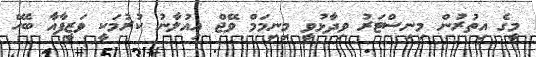
މީގެ އިތުރުން މިނިސްޓަރު ވިދާޅުވީ މިނިމަމް ވޭޖް އިއުލާނު ކުރުމަކީ ވަޒީފާއާ ބެހޭ